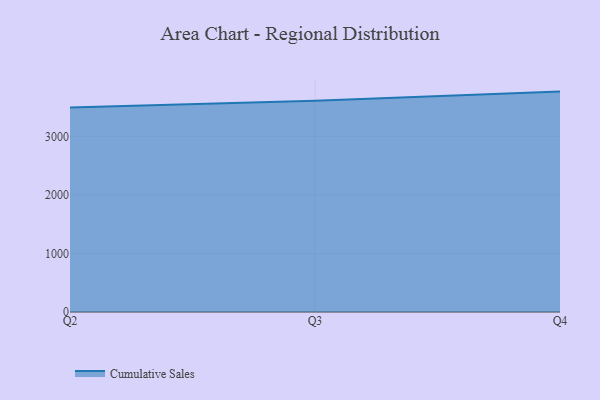
{"axis": {"x": "Quarter", "y": "Shipments"}, "legend": ["Cumulative Sales"], "data": [{"x": "Q2", "y": 3491.2, "type": "Cumulative Sales"}, {"x": "Q3", "y": 3609.0, "type": "Cumulative Sales"}, {"x": "Q4", "y": 3764.1, "type": "Cumulative Sales"}]}